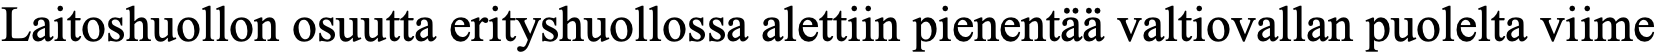
Laitoshuollon osuutta erityshuollossa alettiin pienentää valtiovallan puolelta viime